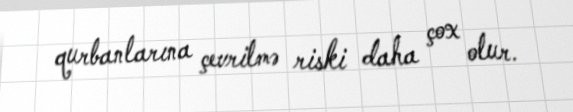
qurbanlarına çevrilmə riski daha çox olur.